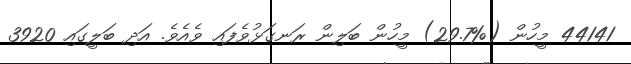
44141 މީހުން (%29.7) މީހުން ބަލިން ރަނގަޅުވެފައި ވެއެވެ. އަދި ބަލީގައި 3920